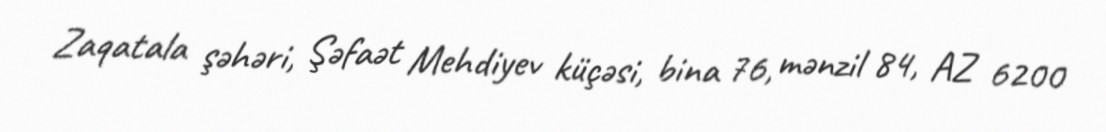
Zaqatala şəhəri, Şəfaət Mehdiyev küçəsi, bina 76, mənzil 84, AZ 6200